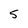
Character: 5